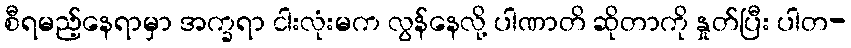
စီရမည့်နေရာမှာ အက္ခရာ ငါးလုံးမက လွန်နေလို့ ပါဏာတိ ဆိုတာကို နှုတ်ပြီး ပါတ-